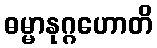
ဓမ္မာနုဂ္ဂဟောတိ